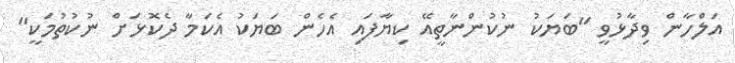
އަލްހާން ވިދާޅުވީ "ބަޔަކު ނުކުންނާތީއޭ ކިޔާފައި އެހެން ބަޔަކު އެކަމާ ދެކޮޅަށް ނުކުތުމަކީ"